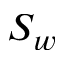
S _ { w }